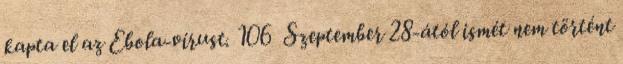
kapta el az Ebola-vírust. 106 Szeptember 28-ától ismét nem történt